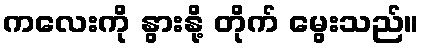
ကလေးကို နွားနို့ တိုက် မွေးသည်။